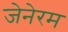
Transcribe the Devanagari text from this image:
जेनेरम